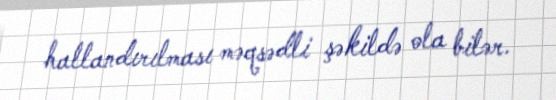
hallandırılması məqsədli şəkildə ola bilər.